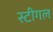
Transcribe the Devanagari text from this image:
स्टीगल